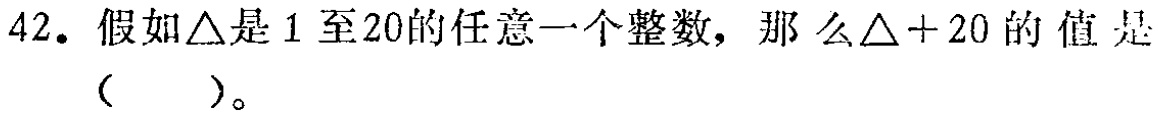
42. 假如$\triangle$是1至20的任意一个整数，那么$\triangle + 20$的值是（  ）。